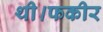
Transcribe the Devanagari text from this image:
थी।फकीर